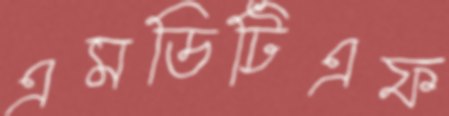
এমডিটিএফ